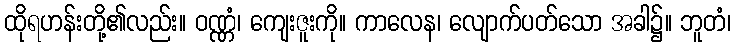
ထိုရဟန်းတို့၏လည်း။ ဝဏ္ဏံ၊ ကျေးဇူးကို။ ကာလေန၊ လျောက်ပတ်သော အခါ၌။ ဘူတံ၊